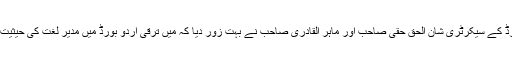
ترقی اردو بورڈ کے سیکرٹری شان الحق حقی صاحب اور ماہر القادری صاحب نے بہت زور دیا کہ میں ترقی اردو بورڈ میں مدیر لغت کی حیثیت سے چلا آؤں۔